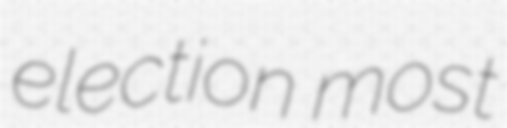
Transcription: election most